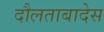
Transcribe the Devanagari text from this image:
दौलताबादेस